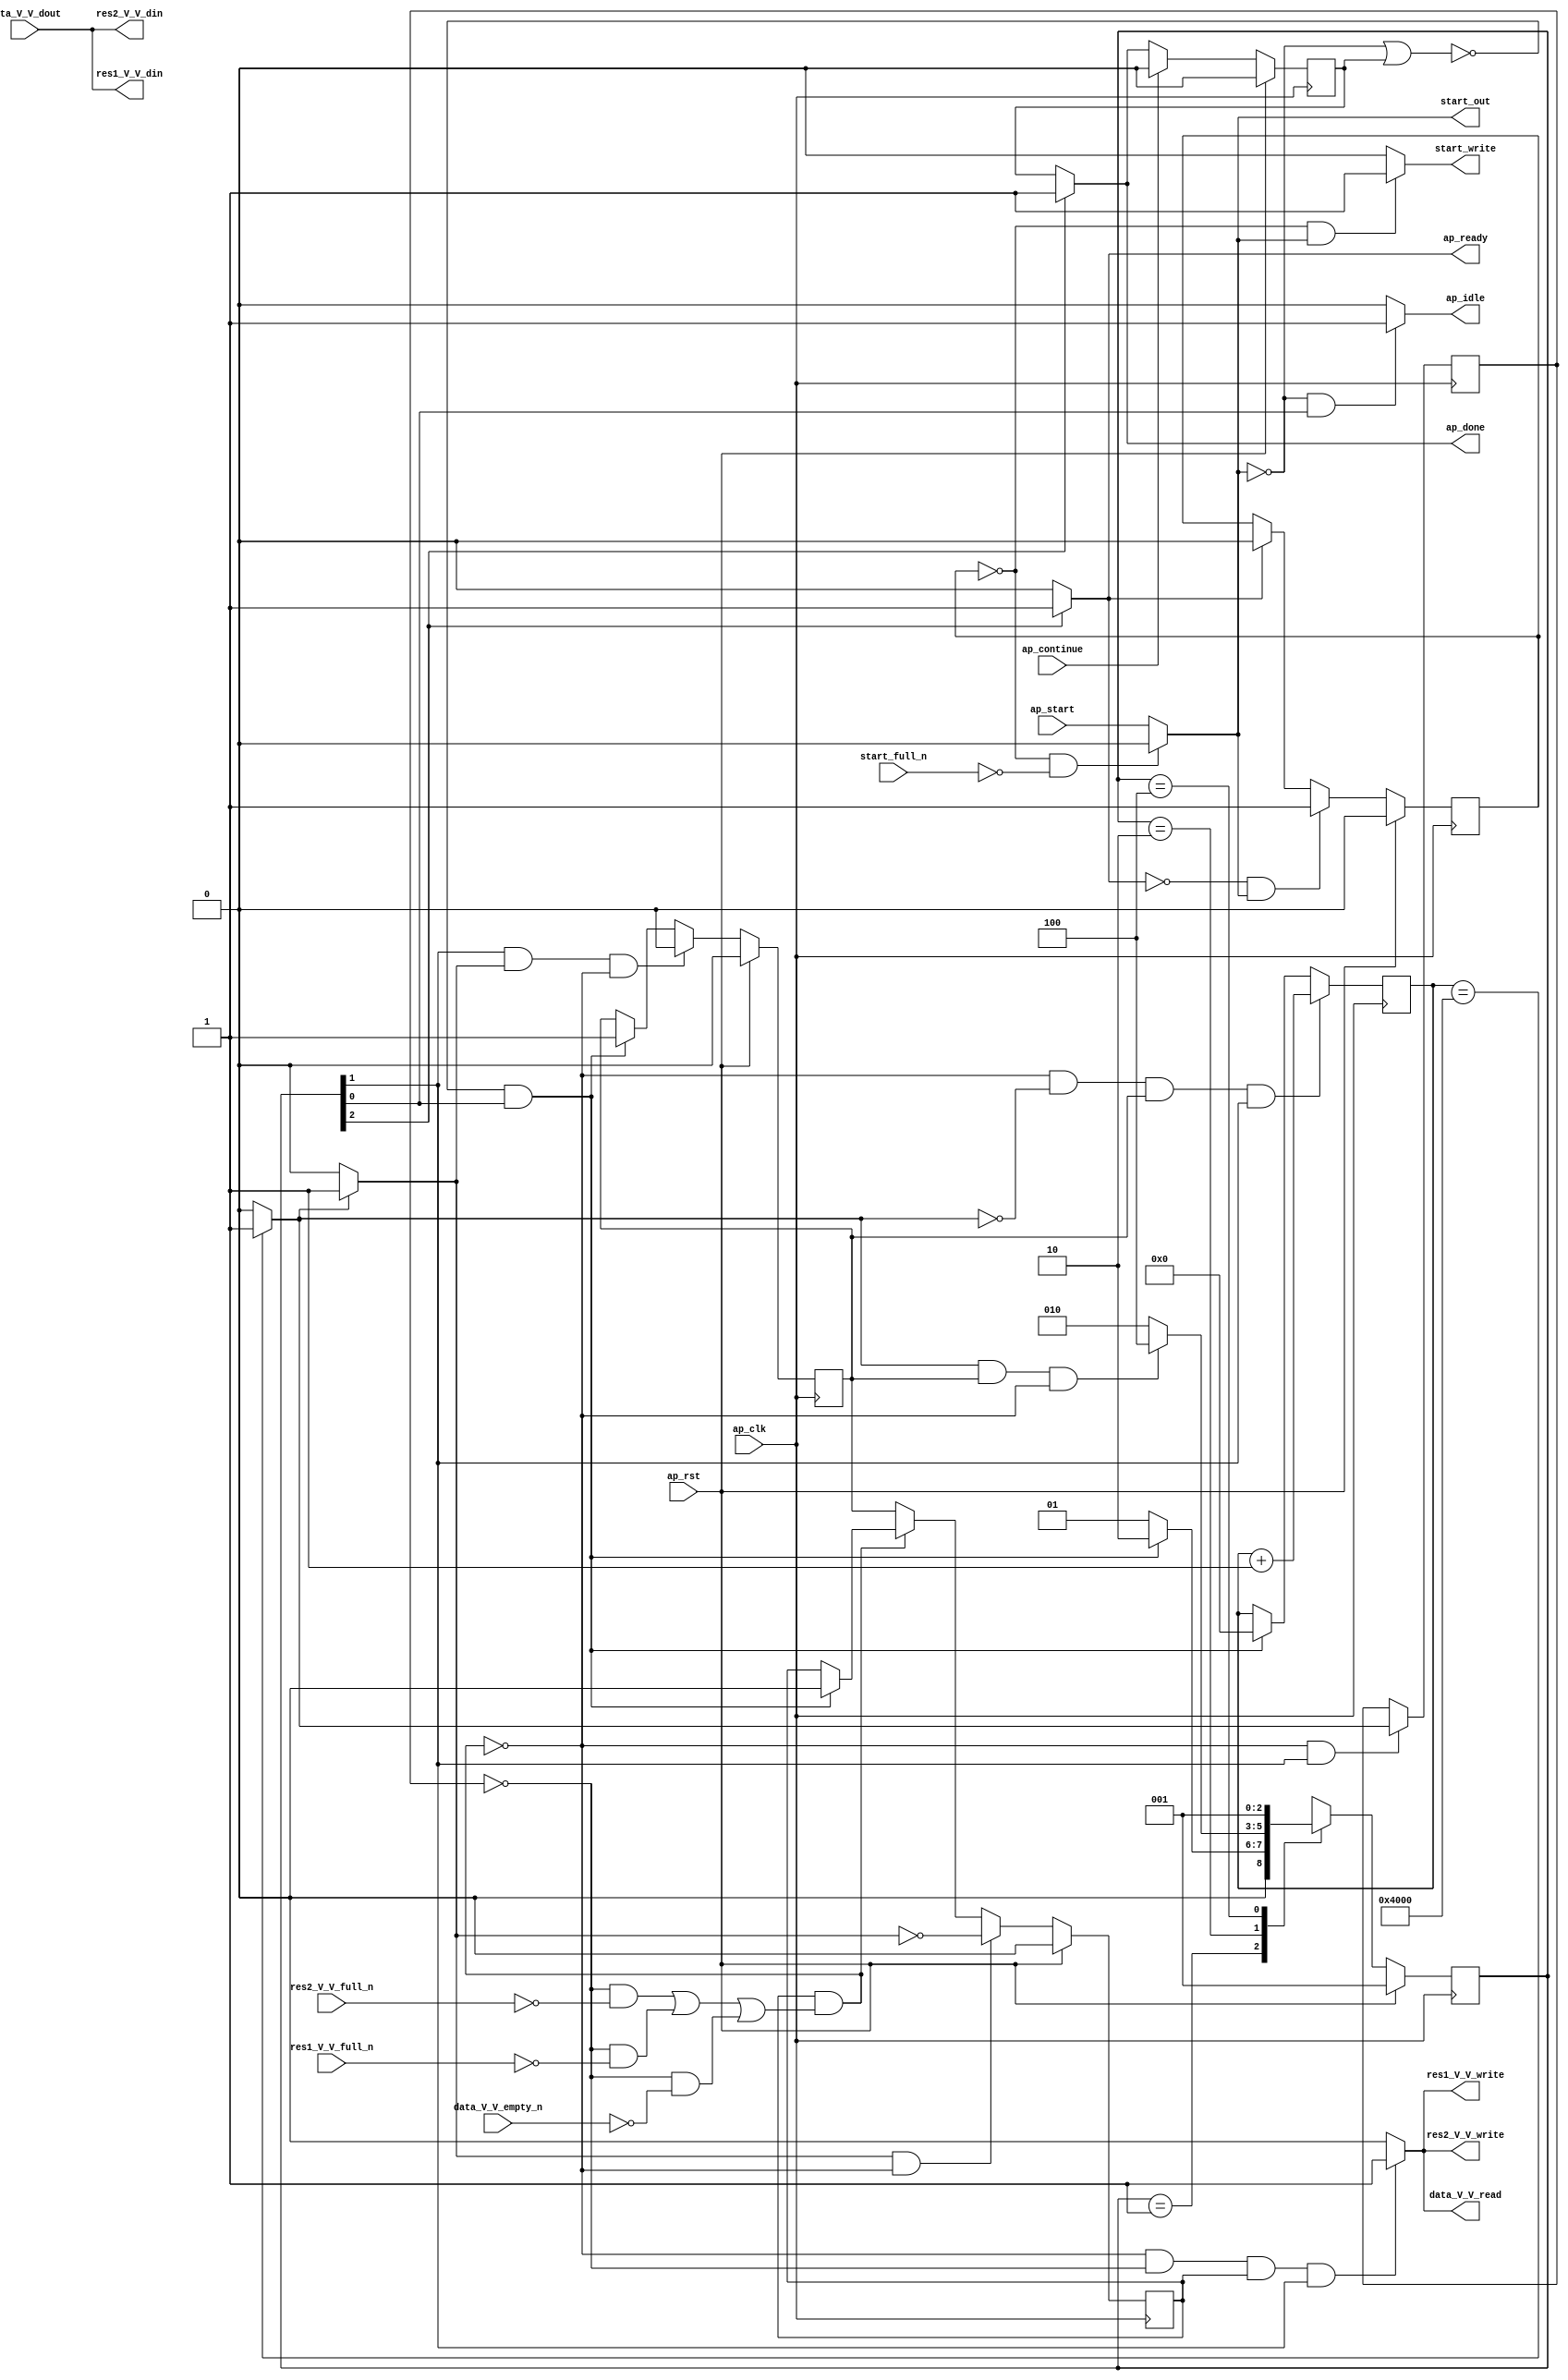
// ==============================================================
// RTL generated by Vivado(TM) HLS - High-Level Synthesis from C, C++ and OpenCL
// Version: 2019.2
// Copyright (C) 1986-2019 Xilinx, Inc. All Rights Reserved.
// 
// ===========================================================

`timescale 1 ns / 1 ps 

module clone_stream_ss_ap_fixed_ap_fixed_16_5_5_3_0_16384_s (
        ap_clk,
        ap_rst,
        ap_start,
        start_full_n,
        ap_done,
        ap_continue,
        ap_idle,
        ap_ready,
        start_out,
        start_write,
        data_V_V_dout,
        data_V_V_empty_n,
        data_V_V_read,
        res1_V_V_din,
        res1_V_V_full_n,
        res1_V_V_write,
        res2_V_V_din,
        res2_V_V_full_n,
        res2_V_V_write
);

parameter    ap_ST_fsm_state1 = 3'd1;
parameter    ap_ST_fsm_pp0_stage0 = 3'd2;
parameter    ap_ST_fsm_state4 = 3'd4;

input   ap_clk;
input   ap_rst;
input   ap_start;
input   start_full_n;
output   ap_done;
input   ap_continue;
output   ap_idle;
output   ap_ready;
output   start_out;
output   start_write;
input  [15:0] data_V_V_dout;
input   data_V_V_empty_n;
output   data_V_V_read;
output  [15:0] res1_V_V_din;
input   res1_V_V_full_n;
output   res1_V_V_write;
output  [15:0] res2_V_V_din;
input   res2_V_V_full_n;
output   res2_V_V_write;

reg ap_done;
reg ap_idle;
reg start_write;
reg data_V_V_read;
reg res1_V_V_write;
reg res2_V_V_write;

reg    real_start;
reg    start_once_reg;
reg    ap_done_reg;
(* fsm_encoding = "none" *) reg   [2:0] ap_CS_fsm;
wire    ap_CS_fsm_state1;
reg    internal_ap_ready;
reg    data_V_V_blk_n;
wire    ap_CS_fsm_pp0_stage0;
reg    ap_enable_reg_pp0_iter1;
wire    ap_block_pp0_stage0;
reg   [0:0] icmp_ln43_reg_127;
reg    res1_V_V_blk_n;
reg    res2_V_V_blk_n;
reg   [14:0] i_0_reg_104;
wire   [0:0] icmp_ln43_fu_115_p2;
wire    ap_block_state2_pp0_stage0_iter0;
reg    ap_block_state3_pp0_stage0_iter1;
reg    ap_block_pp0_stage0_11001;
wire   [14:0] i_fu_121_p2;
reg    ap_enable_reg_pp0_iter0;
reg    ap_block_state1;
reg    ap_block_pp0_stage0_subdone;
reg    ap_condition_pp0_exit_iter0_state2;
reg    ap_block_pp0_stage0_01001;
wire    ap_CS_fsm_state4;
reg   [2:0] ap_NS_fsm;
reg    ap_idle_pp0;
wire    ap_enable_pp0;

// power-on initialization
initial begin
#0 start_once_reg = 1'b0;
#0 ap_done_reg = 1'b0;
#0 ap_CS_fsm = 3'd1;
#0 ap_enable_reg_pp0_iter1 = 1'b0;
#0 ap_enable_reg_pp0_iter0 = 1'b0;
end

always @ (posedge ap_clk) begin
    if (ap_rst == 1'b1) begin
        ap_CS_fsm <= ap_ST_fsm_state1;
    end else begin
        ap_CS_fsm <= ap_NS_fsm;
    end
end

always @ (posedge ap_clk) begin
    if (ap_rst == 1'b1) begin
        ap_done_reg <= 1'b0;
    end else begin
        if ((ap_continue == 1'b1)) begin
            ap_done_reg <= 1'b0;
        end else if ((1'b1 == ap_CS_fsm_state4)) begin
            ap_done_reg <= 1'b1;
        end
    end
end

always @ (posedge ap_clk) begin
    if (ap_rst == 1'b1) begin
        ap_enable_reg_pp0_iter0 <= 1'b0;
    end else begin
        if (((1'b1 == ap_CS_fsm_pp0_stage0) & (1'b1 == ap_condition_pp0_exit_iter0_state2) & (1'b0 == ap_block_pp0_stage0_subdone))) begin
            ap_enable_reg_pp0_iter0 <= 1'b0;
        end else if ((~((real_start == 1'b0) | (ap_done_reg == 1'b1)) & (1'b1 == ap_CS_fsm_state1))) begin
            ap_enable_reg_pp0_iter0 <= 1'b1;
        end
    end
end

always @ (posedge ap_clk) begin
    if (ap_rst == 1'b1) begin
        ap_enable_reg_pp0_iter1 <= 1'b0;
    end else begin
        if (((1'b1 == ap_condition_pp0_exit_iter0_state2) & (1'b0 == ap_block_pp0_stage0_subdone))) begin
            ap_enable_reg_pp0_iter1 <= (1'b1 ^ ap_condition_pp0_exit_iter0_state2);
        end else if ((1'b0 == ap_block_pp0_stage0_subdone)) begin
            ap_enable_reg_pp0_iter1 <= ap_enable_reg_pp0_iter0;
        end else if ((~((real_start == 1'b0) | (ap_done_reg == 1'b1)) & (1'b1 == ap_CS_fsm_state1))) begin
            ap_enable_reg_pp0_iter1 <= 1'b0;
        end
    end
end

always @ (posedge ap_clk) begin
    if (ap_rst == 1'b1) begin
        start_once_reg <= 1'b0;
    end else begin
        if (((internal_ap_ready == 1'b0) & (real_start == 1'b1))) begin
            start_once_reg <= 1'b1;
        end else if ((internal_ap_ready == 1'b1)) begin
            start_once_reg <= 1'b0;
        end
    end
end

always @ (posedge ap_clk) begin
    if (((1'b0 == ap_block_pp0_stage0_11001) & (icmp_ln43_fu_115_p2 == 1'd0) & (ap_enable_reg_pp0_iter0 == 1'b1) & (1'b1 == ap_CS_fsm_pp0_stage0))) begin
        i_0_reg_104 <= i_fu_121_p2;
    end else if ((~((real_start == 1'b0) | (ap_done_reg == 1'b1)) & (1'b1 == ap_CS_fsm_state1))) begin
        i_0_reg_104 <= 15'd0;
    end
end

always @ (posedge ap_clk) begin
    if (((1'b0 == ap_block_pp0_stage0_11001) & (1'b1 == ap_CS_fsm_pp0_stage0))) begin
        icmp_ln43_reg_127 <= icmp_ln43_fu_115_p2;
    end
end

always @ (*) begin
    if ((icmp_ln43_fu_115_p2 == 1'd1)) begin
        ap_condition_pp0_exit_iter0_state2 = 1'b1;
    end else begin
        ap_condition_pp0_exit_iter0_state2 = 1'b0;
    end
end

always @ (*) begin
    if ((1'b1 == ap_CS_fsm_state4)) begin
        ap_done = 1'b1;
    end else begin
        ap_done = ap_done_reg;
    end
end

always @ (*) begin
    if (((real_start == 1'b0) & (1'b1 == ap_CS_fsm_state1))) begin
        ap_idle = 1'b1;
    end else begin
        ap_idle = 1'b0;
    end
end

always @ (*) begin
    if (((ap_enable_reg_pp0_iter0 == 1'b0) & (ap_enable_reg_pp0_iter1 == 1'b0))) begin
        ap_idle_pp0 = 1'b1;
    end else begin
        ap_idle_pp0 = 1'b0;
    end
end

always @ (*) begin
    if (((icmp_ln43_reg_127 == 1'd0) & (1'b0 == ap_block_pp0_stage0) & (ap_enable_reg_pp0_iter1 == 1'b1) & (1'b1 == ap_CS_fsm_pp0_stage0))) begin
        data_V_V_blk_n = data_V_V_empty_n;
    end else begin
        data_V_V_blk_n = 1'b1;
    end
end

always @ (*) begin
    if (((1'b0 == ap_block_pp0_stage0_11001) & (icmp_ln43_reg_127 == 1'd0) & (ap_enable_reg_pp0_iter1 == 1'b1) & (1'b1 == ap_CS_fsm_pp0_stage0))) begin
        data_V_V_read = 1'b1;
    end else begin
        data_V_V_read = 1'b0;
    end
end

always @ (*) begin
    if ((1'b1 == ap_CS_fsm_state4)) begin
        internal_ap_ready = 1'b1;
    end else begin
        internal_ap_ready = 1'b0;
    end
end

always @ (*) begin
    if (((start_once_reg == 1'b0) & (start_full_n == 1'b0))) begin
        real_start = 1'b0;
    end else begin
        real_start = ap_start;
    end
end

always @ (*) begin
    if (((icmp_ln43_reg_127 == 1'd0) & (1'b0 == ap_block_pp0_stage0) & (ap_enable_reg_pp0_iter1 == 1'b1) & (1'b1 == ap_CS_fsm_pp0_stage0))) begin
        res1_V_V_blk_n = res1_V_V_full_n;
    end else begin
        res1_V_V_blk_n = 1'b1;
    end
end

always @ (*) begin
    if (((1'b0 == ap_block_pp0_stage0_11001) & (icmp_ln43_reg_127 == 1'd0) & (ap_enable_reg_pp0_iter1 == 1'b1) & (1'b1 == ap_CS_fsm_pp0_stage0))) begin
        res1_V_V_write = 1'b1;
    end else begin
        res1_V_V_write = 1'b0;
    end
end

always @ (*) begin
    if (((icmp_ln43_reg_127 == 1'd0) & (1'b0 == ap_block_pp0_stage0) & (ap_enable_reg_pp0_iter1 == 1'b1) & (1'b1 == ap_CS_fsm_pp0_stage0))) begin
        res2_V_V_blk_n = res2_V_V_full_n;
    end else begin
        res2_V_V_blk_n = 1'b1;
    end
end

always @ (*) begin
    if (((1'b0 == ap_block_pp0_stage0_11001) & (icmp_ln43_reg_127 == 1'd0) & (ap_enable_reg_pp0_iter1 == 1'b1) & (1'b1 == ap_CS_fsm_pp0_stage0))) begin
        res2_V_V_write = 1'b1;
    end else begin
        res2_V_V_write = 1'b0;
    end
end

always @ (*) begin
    if (((start_once_reg == 1'b0) & (real_start == 1'b1))) begin
        start_write = 1'b1;
    end else begin
        start_write = 1'b0;
    end
end

always @ (*) begin
    case (ap_CS_fsm)
        ap_ST_fsm_state1 : begin
            if ((~((real_start == 1'b0) | (ap_done_reg == 1'b1)) & (1'b1 == ap_CS_fsm_state1))) begin
                ap_NS_fsm = ap_ST_fsm_pp0_stage0;
            end else begin
                ap_NS_fsm = ap_ST_fsm_state1;
            end
        end
        ap_ST_fsm_pp0_stage0 : begin
            if (~((icmp_ln43_fu_115_p2 == 1'd1) & (ap_enable_reg_pp0_iter0 == 1'b1) & (1'b0 == ap_block_pp0_stage0_subdone))) begin
                ap_NS_fsm = ap_ST_fsm_pp0_stage0;
            end else if (((icmp_ln43_fu_115_p2 == 1'd1) & (ap_enable_reg_pp0_iter0 == 1'b1) & (1'b0 == ap_block_pp0_stage0_subdone))) begin
                ap_NS_fsm = ap_ST_fsm_state4;
            end else begin
                ap_NS_fsm = ap_ST_fsm_pp0_stage0;
            end
        end
        ap_ST_fsm_state4 : begin
            ap_NS_fsm = ap_ST_fsm_state1;
        end
        default : begin
            ap_NS_fsm = 'bx;
        end
    endcase
end

assign ap_CS_fsm_pp0_stage0 = ap_CS_fsm[32'd1];

assign ap_CS_fsm_state1 = ap_CS_fsm[32'd0];

assign ap_CS_fsm_state4 = ap_CS_fsm[32'd2];

assign ap_block_pp0_stage0 = ~(1'b1 == 1'b1);

always @ (*) begin
    ap_block_pp0_stage0_01001 = ((ap_enable_reg_pp0_iter1 == 1'b1) & (((icmp_ln43_reg_127 == 1'd0) & (res2_V_V_full_n == 1'b0)) | ((icmp_ln43_reg_127 == 1'd0) & (res1_V_V_full_n == 1'b0)) | ((icmp_ln43_reg_127 == 1'd0) & (data_V_V_empty_n == 1'b0))));
end

always @ (*) begin
    ap_block_pp0_stage0_11001 = ((ap_enable_reg_pp0_iter1 == 1'b1) & (((icmp_ln43_reg_127 == 1'd0) & (res2_V_V_full_n == 1'b0)) | ((icmp_ln43_reg_127 == 1'd0) & (res1_V_V_full_n == 1'b0)) | ((icmp_ln43_reg_127 == 1'd0) & (data_V_V_empty_n == 1'b0))));
end

always @ (*) begin
    ap_block_pp0_stage0_subdone = ((ap_enable_reg_pp0_iter1 == 1'b1) & (((icmp_ln43_reg_127 == 1'd0) & (res2_V_V_full_n == 1'b0)) | ((icmp_ln43_reg_127 == 1'd0) & (res1_V_V_full_n == 1'b0)) | ((icmp_ln43_reg_127 == 1'd0) & (data_V_V_empty_n == 1'b0))));
end

always @ (*) begin
    ap_block_state1 = ((real_start == 1'b0) | (ap_done_reg == 1'b1));
end

assign ap_block_state2_pp0_stage0_iter0 = ~(1'b1 == 1'b1);

always @ (*) begin
    ap_block_state3_pp0_stage0_iter1 = (((icmp_ln43_reg_127 == 1'd0) & (res2_V_V_full_n == 1'b0)) | ((icmp_ln43_reg_127 == 1'd0) & (res1_V_V_full_n == 1'b0)) | ((icmp_ln43_reg_127 == 1'd0) & (data_V_V_empty_n == 1'b0)));
end

assign ap_enable_pp0 = (ap_idle_pp0 ^ 1'b1);

assign ap_ready = internal_ap_ready;

assign i_fu_121_p2 = (i_0_reg_104 + 15'd1);

assign icmp_ln43_fu_115_p2 = ((i_0_reg_104 == 15'd16384) ? 1'b1 : 1'b0);

assign res1_V_V_din = data_V_V_dout;

assign res2_V_V_din = data_V_V_dout;

assign start_out = real_start;

endmodule //clone_stream_ss_ap_fixed_ap_fixed_16_5_5_3_0_16384_s